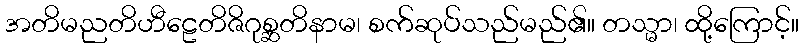
အတိမညတိဟီဠေတိဇိဂုစ္ဆတိနာမ၊ စက်ဆုပ်သည်မည်၏။ တသ္မာ၊ ထို့ကြောင့်။